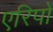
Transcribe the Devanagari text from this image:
एरिपो